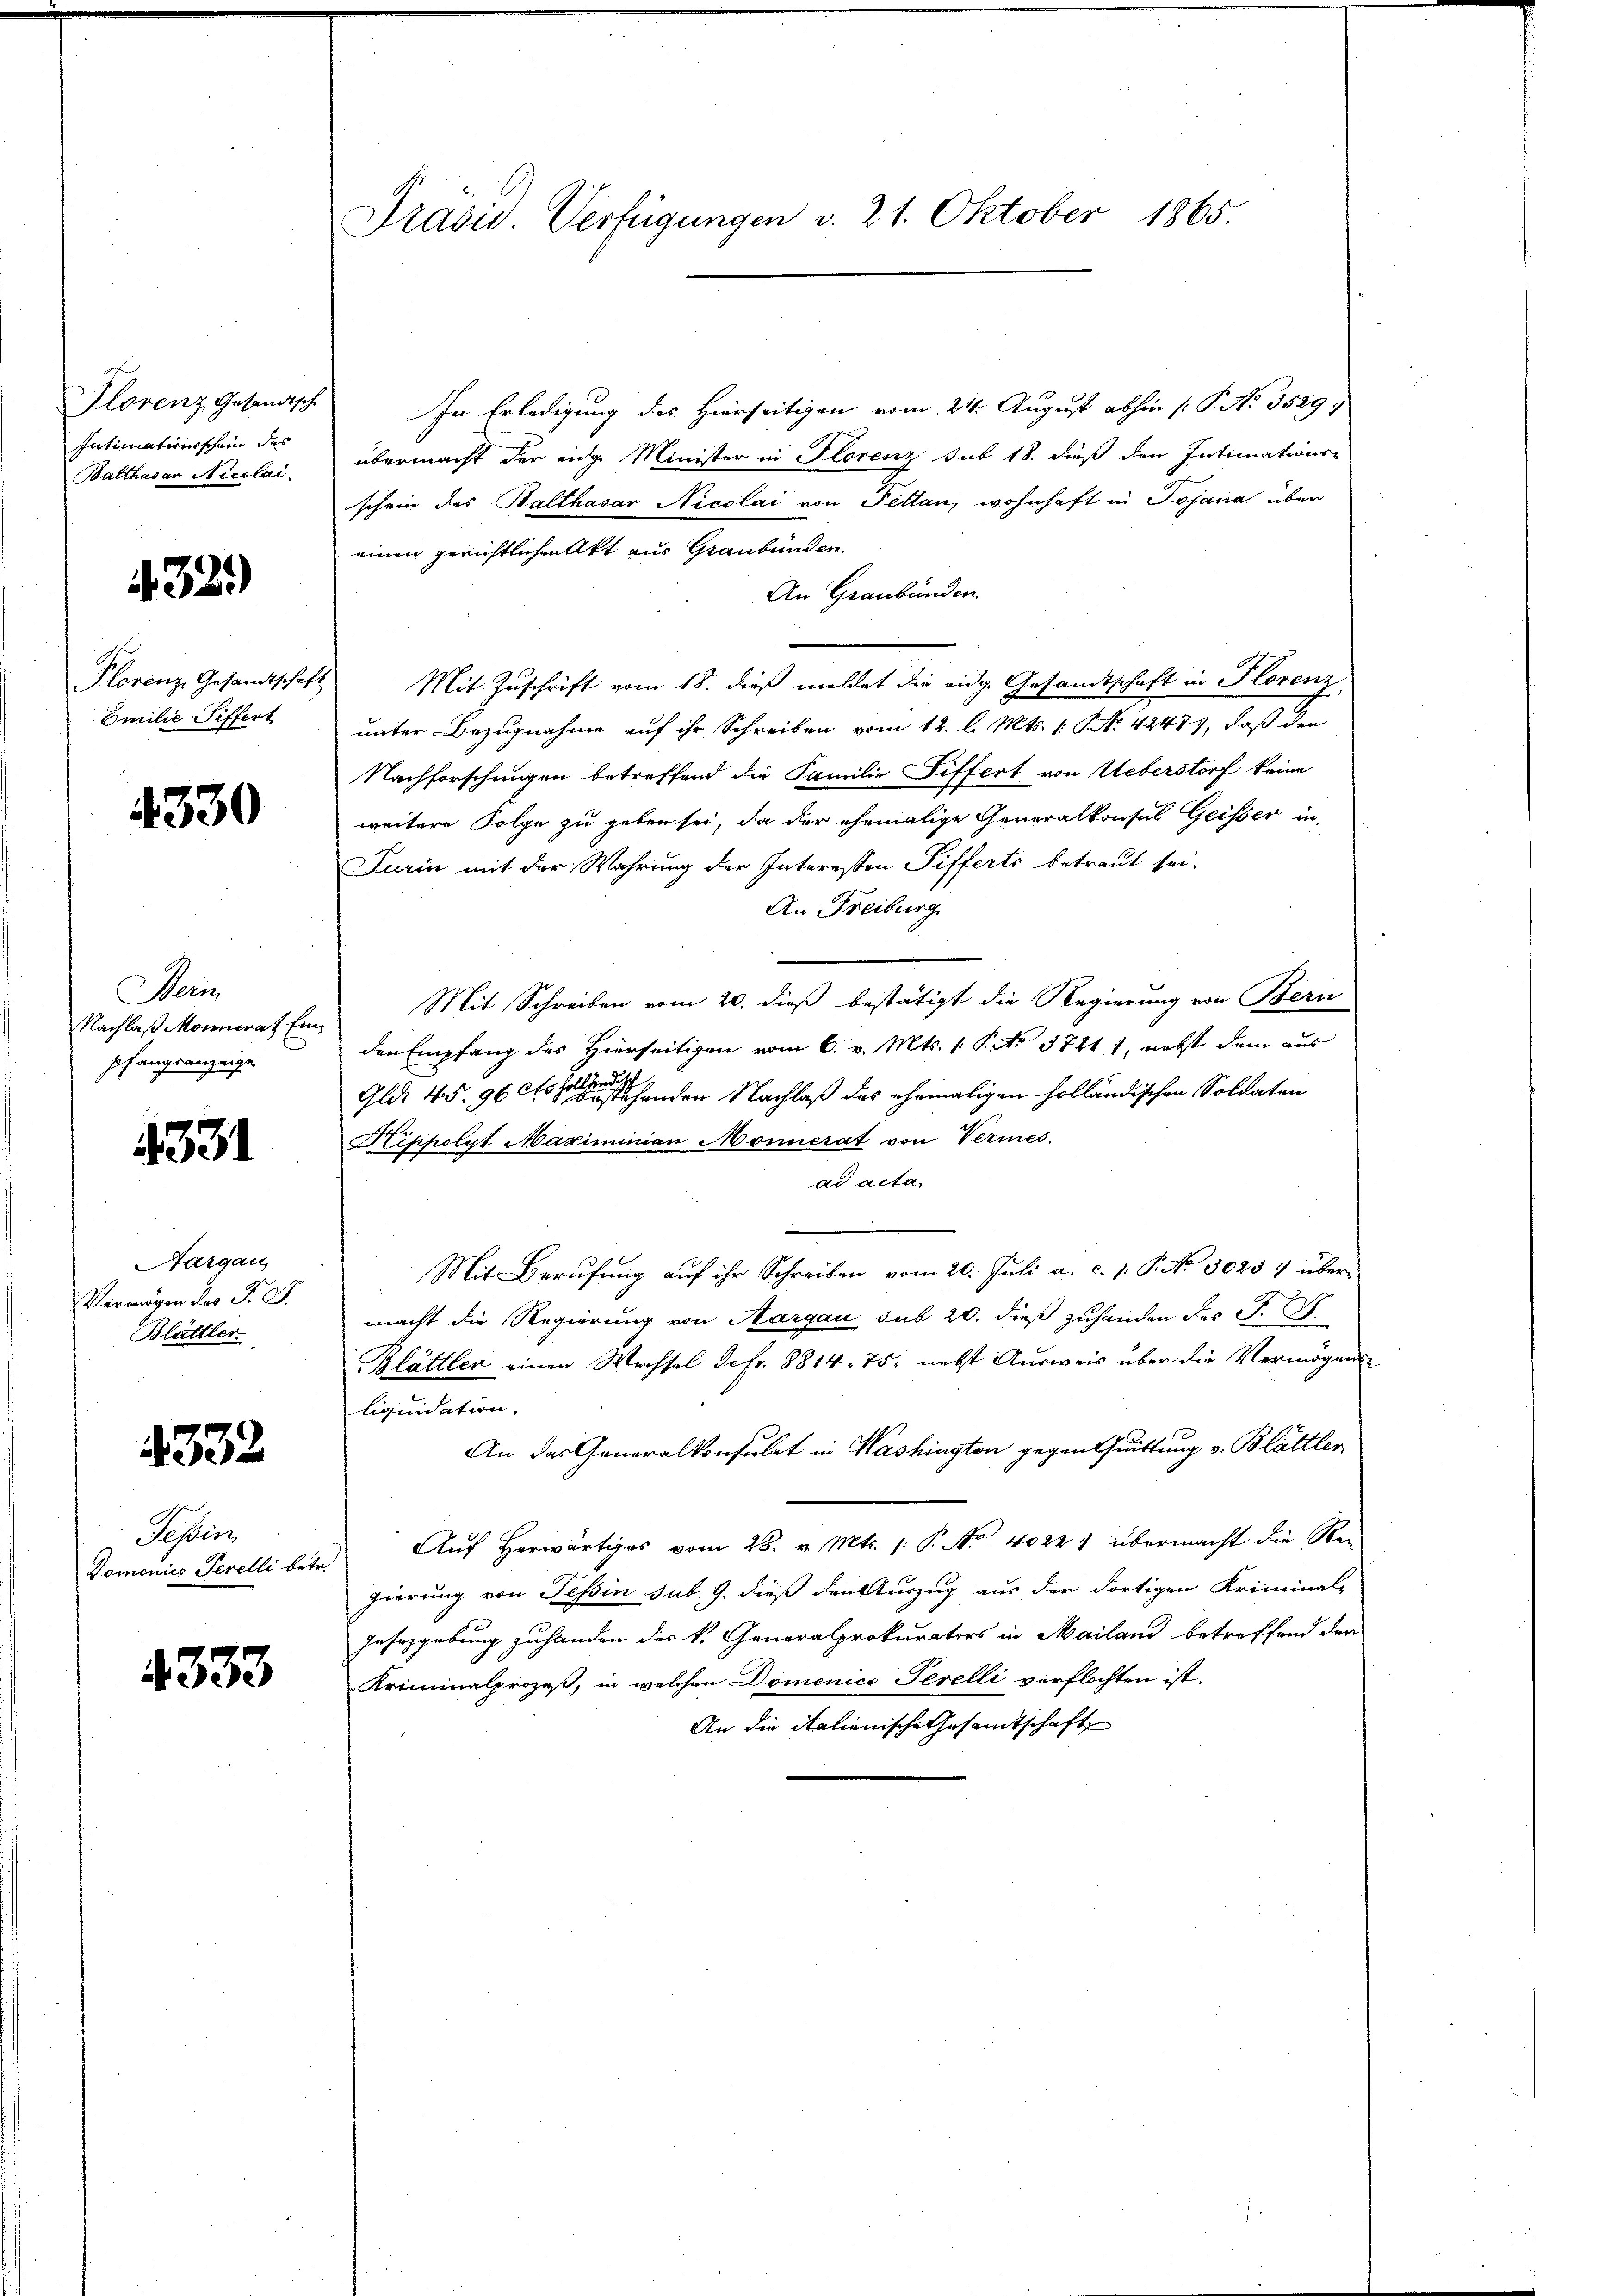
Intimationsschein des
Balthasar Nicolai

432.)

Emilie Siffert

4330

Beri
Nachlaß Monnerat Einpfangsanzeige

4331

Aargau
Vermögen des J. J.
Blättler.

4332

Tessin

4333

Präsid. Verfügungen d. 21. Oktober 1865.

Florenz Gesandtsch. In Erledigung des Hierseitigen vom 24. August abhin (: P. No. 35297
übermacht der eige Minister in Florenz sub 18. dieß den Intimations-
schein des Balthasar Nicolai von Fettan, wohnhaft in Sojana über
einen gerichtlichen Akt aus Graubünden.
An Graubünden
Plorenz Gesandtschaft Mit Zuschrift vom 18. dieß meldet die eidg. Gesandtschaft in Florenz,
unter Bezugnahme auf ihr Schreiben vom 12. l. Mts. 1. No 4247, daß den
Nachforschungen betreffend die Familie Differt von Ueberstorf keine
weitere Folge zu geben sei, da der ehemalige Generalkonsul Geisser in
Turin mit der Wahrung der Interessen Sifferts betraut sei.
An Freiburg
Mit Schreiben vom 20. dieß bestätigt die Regierung von Bern
den Empfang des Hierseitigen vom 6. v. Mts. 1. P. Nr. 37411, nebst dem aus
esehenden Nachlaß des ehemaligen holländischen Soldaten
Glut 45. 960158
Kippolyt Maximinian Monnerat von Vermes.
ad acta,
e
Mit Berŭfŭng aŭf ihr Schreiben vom 20. Jŭli a. c. 1. P. Nr. 30254 über-
macht die Regierung von Aargau sub 20. dieß zuhanden der K. A.
Blättler einen Wechsel defr. 8814. 75. nebst Ausweis über die Vermögens
liquidation.
An das Generalkonsulat in Washington gegen Quittung v. Blättler
Domeniis Terelli betr. Auf Herwärtiges vom 28. v. Mts. 1. P. Nr. 4022 1 übermacht die Re-
gierung von Tessin sub. 9. dieß den Auszug aus der dortigen Kriminal-
Jusazgebung zuhanden des k. Generalprokurators in Mailand betreffend den
Kriminalprozeß, in welchen Domenico Terelli verflochten ist.
An die italienische Gesammtschaft